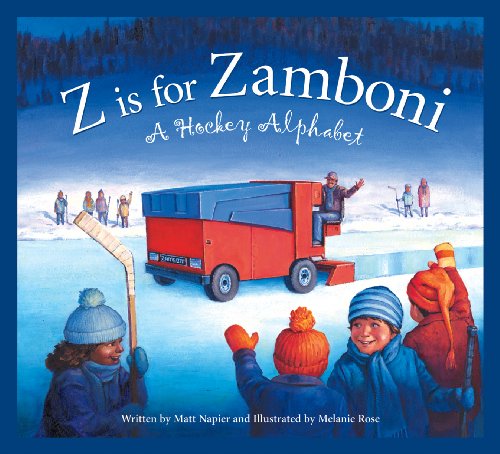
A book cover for Z is for Zamboni: A Hockey Alphabet (Sports Alphabet); Matt Napier; Children's Books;